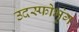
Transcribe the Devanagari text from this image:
उदस्फोभृंग